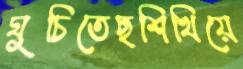
ঘুচিতেছশিখিয়ে